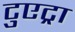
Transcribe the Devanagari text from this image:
टुएट्रा